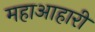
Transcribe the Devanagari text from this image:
महाआहारी